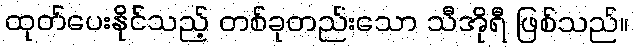
ထုတ်ပေးနိုင်သည့် တစ်ခုတည်းသော သီအိုရီ ဖြစ်သည်။